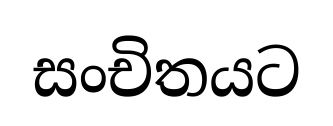
සංචිතයට